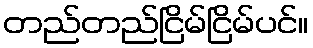
တည်တည်ငြိမ်ငြိမ်ပင်။